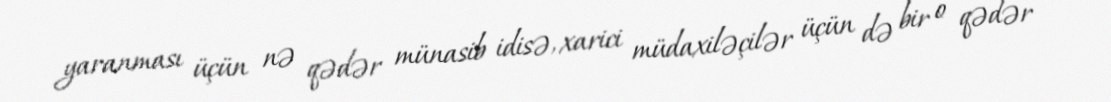
yaranması üçün nə qədər münasib idisə, xarici müdaxiləçilər üçün də bir o qədər